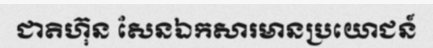
ជាតិហ៊ុន សែនឯកសារមានប្រយោជន៍